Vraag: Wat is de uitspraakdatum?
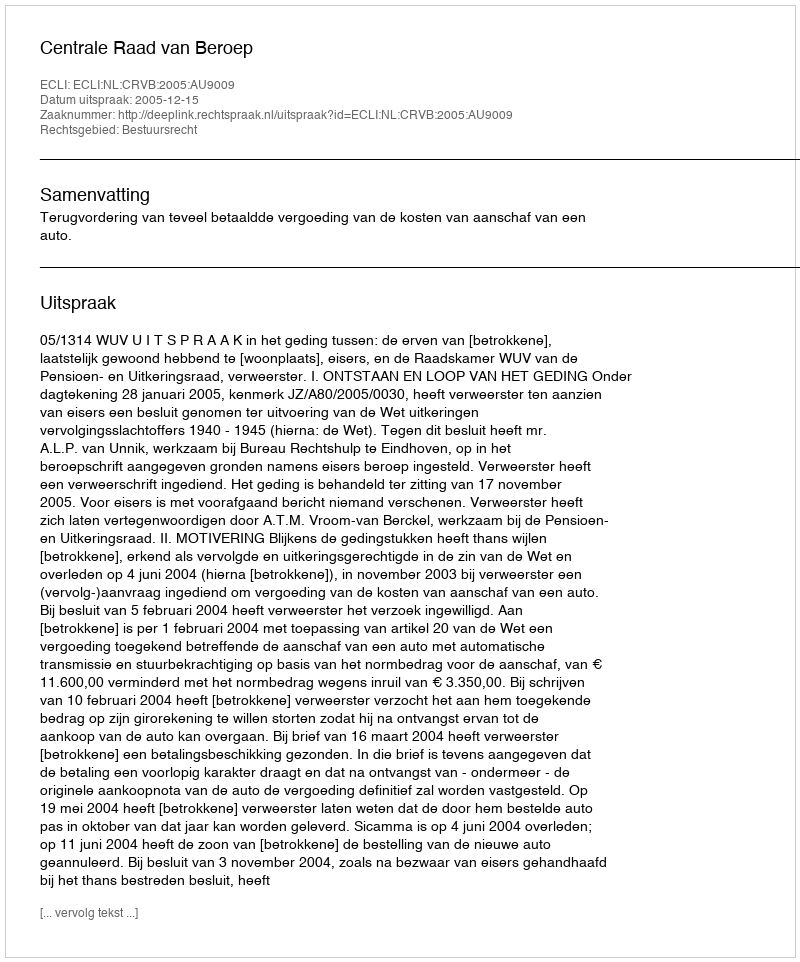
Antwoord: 2005-12-15